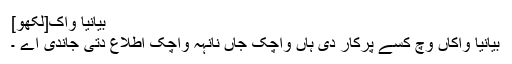
بیانیا واک[لکھو]
بیانیا واکاں وچ کسے پرکار دی ہاں واچک جاں نانہہ واچک اطلاع دتی جاندی اے ۔